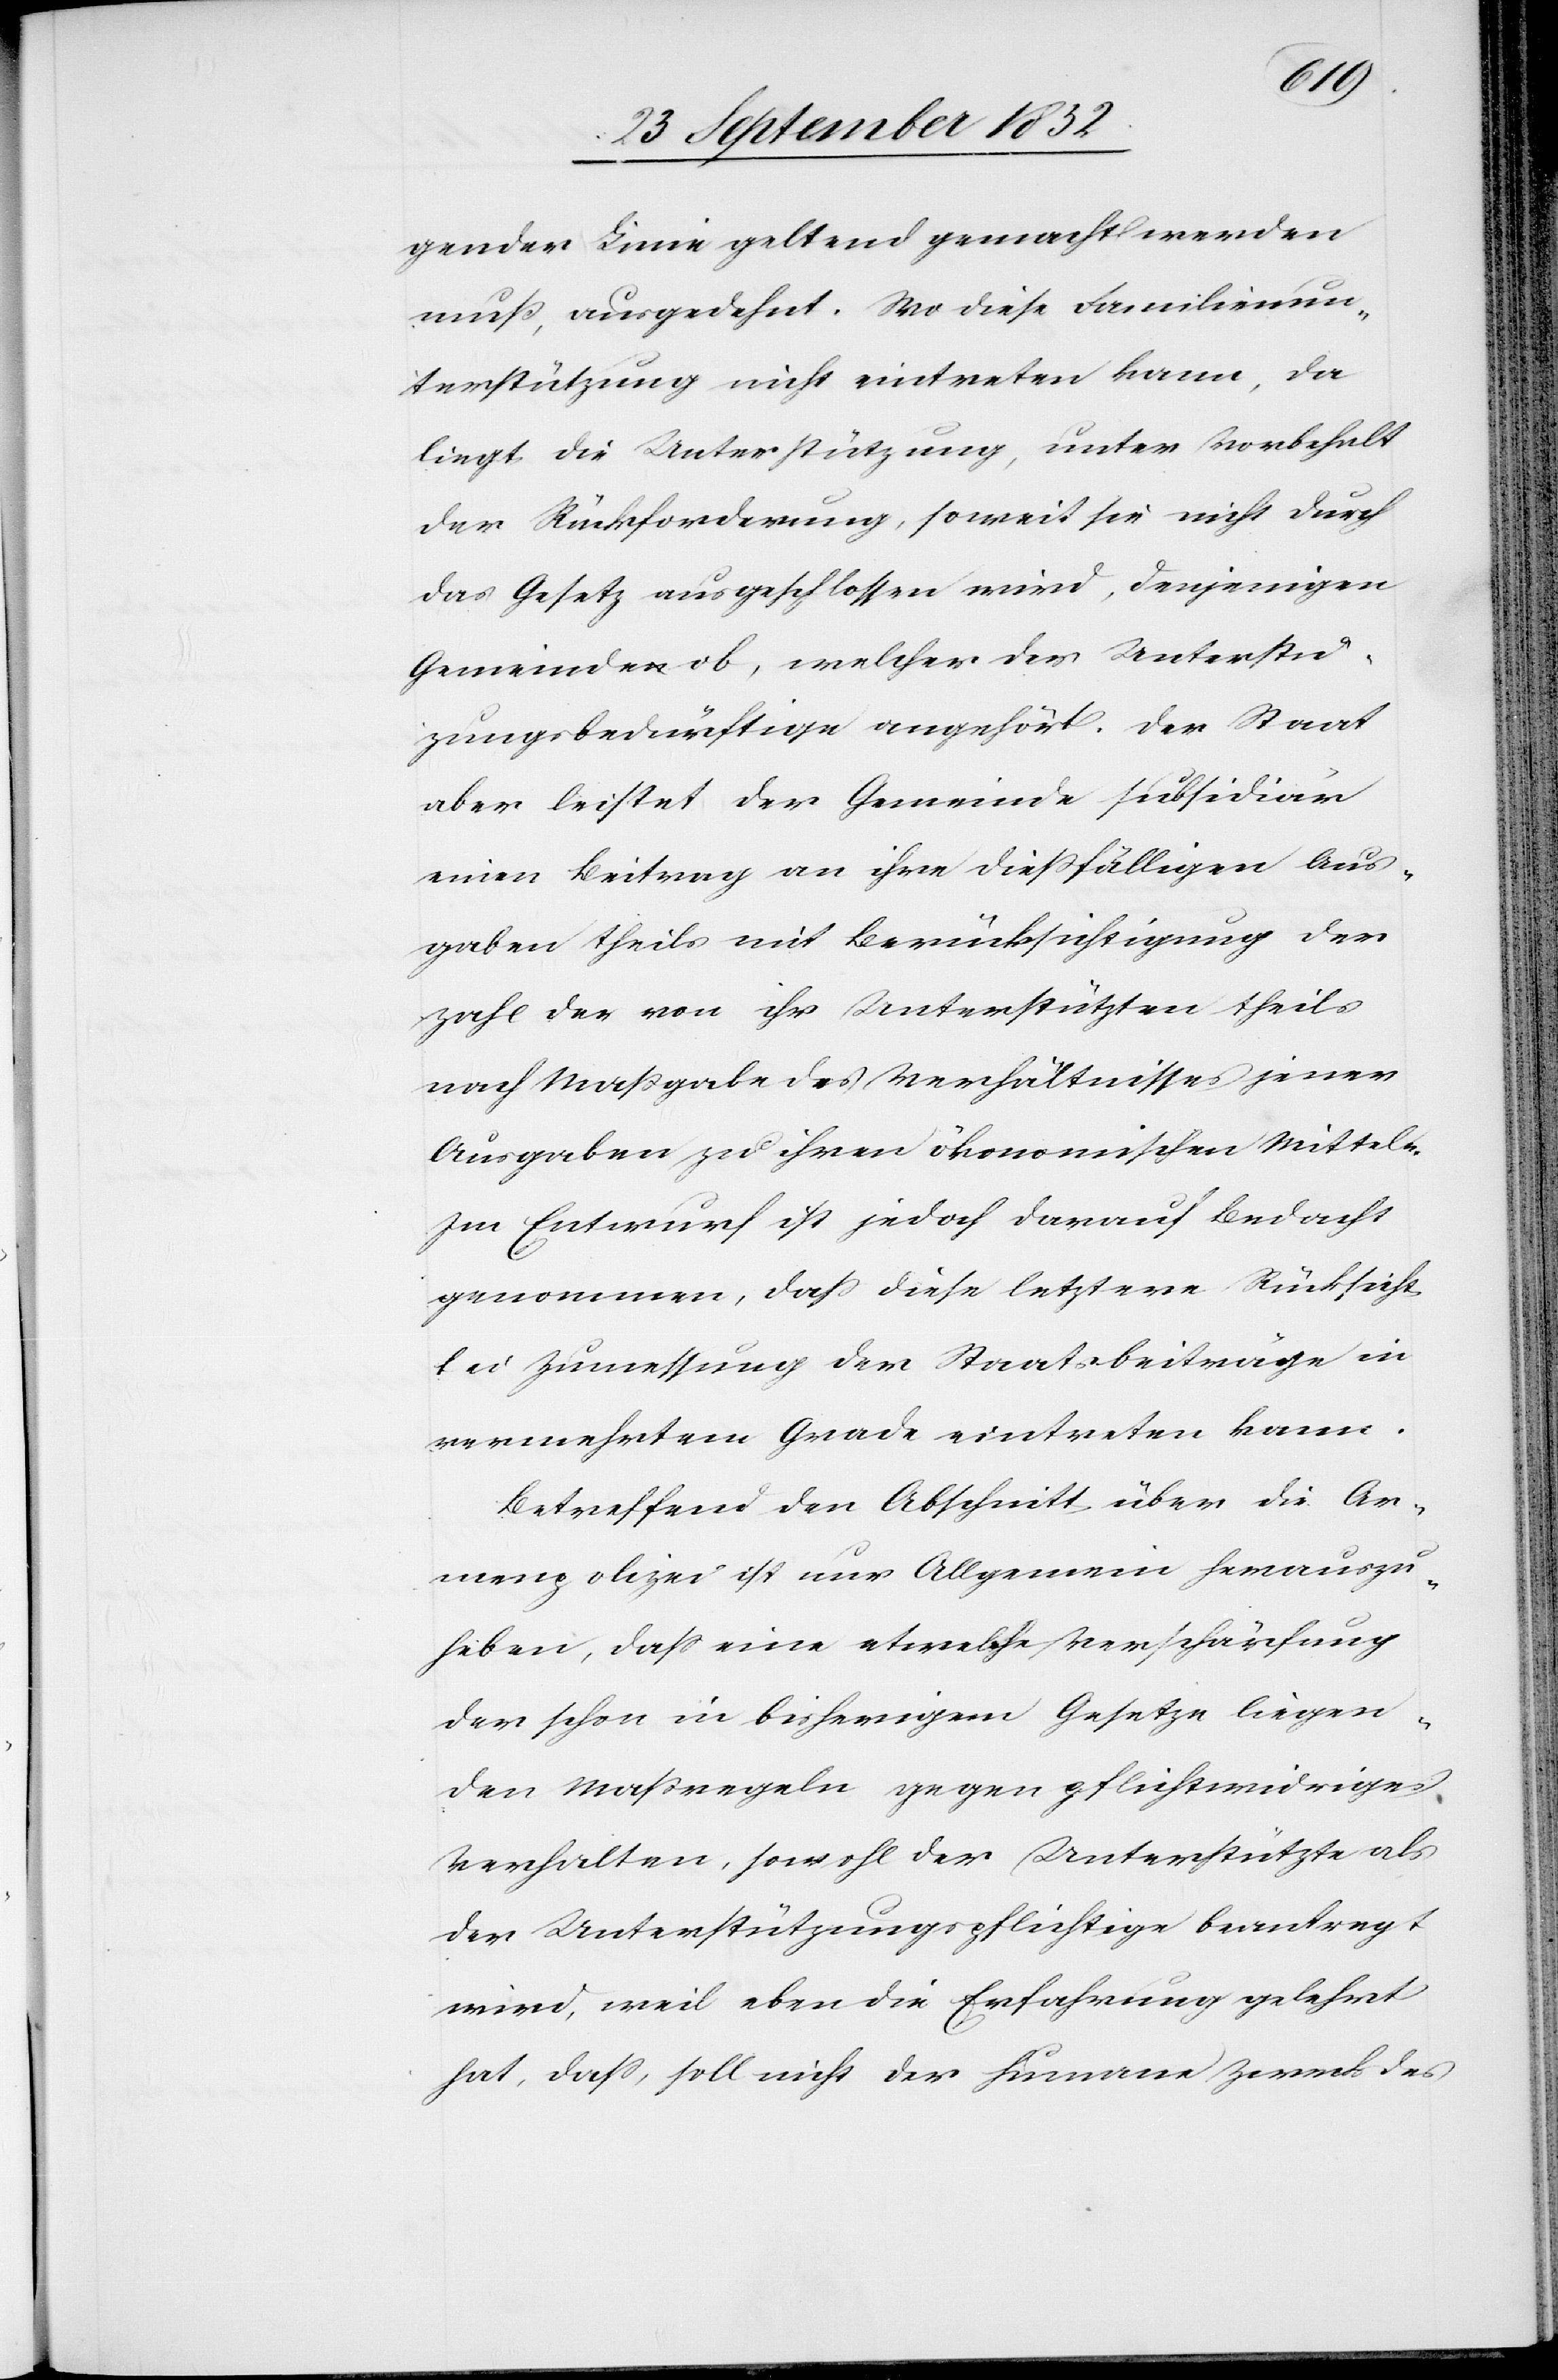
gender Linie geltend gemacht werden
muß, ausgedehnt. Wo diese Familienun¬
terstützung nicht eintreten kann, da
liegt die Unterstützung, unter Vorbehalt
der Rückforderung, soweit sie nicht durch
das Gesetz ausgeschlossen wird, denjenigen
Gemeinden ob, welcher der Unterstüt¬
zungsbedürftige angehört. Der Staat
aber leistet der Gemeinde subsidiär
einen Beitrag an ihre dießfälligen Aus¬
gaben theils mit Berücksichtigung der
Zahl der von ihr Unterstützten theils
nach Maßgabe des Verhältnisses jener
Ausgaben zu ihren ökonomischen Mitteln.
Im Entwurf ist jedoch darauf Bedacht
genommen, dass diese letztere Rücksicht
bei Zumessung der Staatsbeiträge in
vermehrtem Grade eintreten kann.
Betreffend den Abschnitt über die Ar¬
menpolizei ist nur Allgemein herauszu¬
heben, dass eine etwelche Verschärfung
der schon in bisherigem Gesetze liegen¬
den Maßregeln gegen pflichtwidriges
Verhalten, sowohl der Unterstützte als
der Unterstützungspflichtige beantragt
wird, weil eben die Erfahrung gelehrt
hat, dass, soll nicht der humane Zweck des